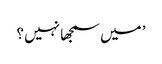
’ میں سمجھا نہیں ؟